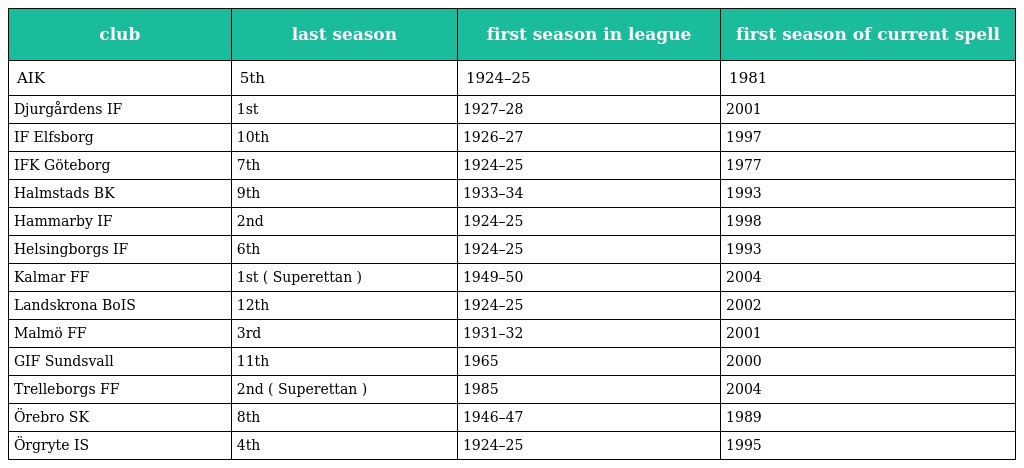
| club | last season | first season in league | first season of current spell |
 | --- | --- | --- | --- |
 | AIK | 5th | 1924–25 | 1981 |
 | Djurgårdens IF | 1st | 1927–28 | 2001 |
 | IF Elfsborg | 10th | 1926–27 | 1997 |
 | IFK Göteborg | 7th | 1924–25 | 1977 |
 | Halmstads BK | 9th | 1933–34 | 1993 |
 | Hammarby IF | 2nd | 1924–25 | 1998 |
 | Helsingborgs IF | 6th | 1924–25 | 1993 |
 | Kalmar FF | 1st ( Superettan ) | 1949–50 | 2004 |
 | Landskrona BoIS | 12th | 1924–25 | 2002 |
 | Malmö FF | 3rd | 1931–32 | 2001 |
 | GIF Sundsvall | 11th | 1965 | 2000 |
 | Trelleborgs FF | 2nd ( Superettan ) | 1985 | 2004 |
 | Örebro SK | 8th | 1946–47 | 1989 |
 | Örgryte IS | 4th | 1924–25 | 1995 |